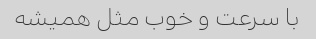
با سرعت و خوب مثل همیشه